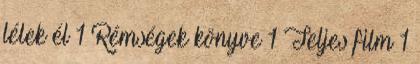
lélek él 1 Rémségek könyve 1 Teljes film 1